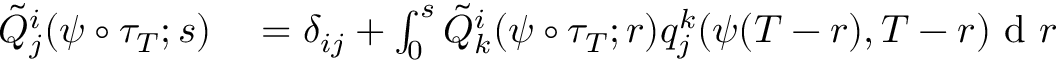
\begin{array} { r l } { \tilde { Q } _ { j } ^ { i } ( \psi \circ \tau _ { T } ; s ) } & { { } = \delta _ { i j } + \int _ { 0 } ^ { s } \tilde { Q } _ { k } ^ { i } ( \psi \circ \tau _ { T } ; r ) q _ { j } ^ { k } ( \psi ( T - r ) , T - r ) \textrm { d } r } \end{array}